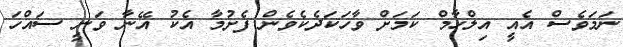
ނަމަވެސް އެއީ އިލްހާމް ކަމަށް ވާހަކަދެކެވެން ފެށުމާ އެކު އޭނާ ވަނީ ސައްހަ